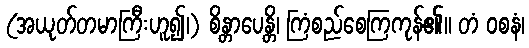
(အယုတ်တမာကြီးဟူ၍၊) စိန္တာပေန္တိ၊ ကြံစည်စေကြကုန်၏။ တံ ဝစနံ၊